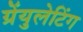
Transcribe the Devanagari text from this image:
ग्रेंयुलेटिंग